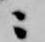
ニ